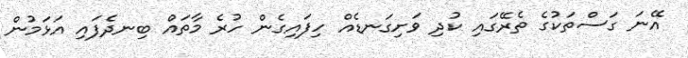
އޭނަ ގަސްތަކުގެ ތެރޭގައި ކުދި ވަށިގަނޑެއް ހިފައިގެން ހުރެ މާތައް ބިނދެފައި އަޅަމުން